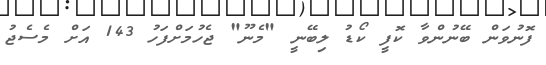
ފޮނުވަން ބޭނުންވާ ކޮފީ ކޯޑު ލިބޭނީ "މެނޫ" ޖެހުމަށްފަހު 143 އަށް މެސެޖު